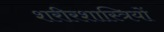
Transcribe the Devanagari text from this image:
शरीरशास्त्रियों